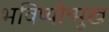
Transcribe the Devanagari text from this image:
भविष्योन्मुख